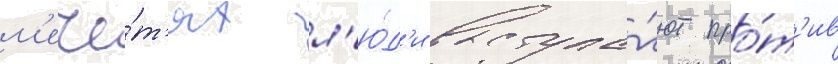
м'ече́т'ях л'ю́д'и выступа́ют про́т'ив